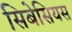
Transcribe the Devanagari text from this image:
सिबेसियस